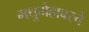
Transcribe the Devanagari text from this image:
मधुमेहावरचे